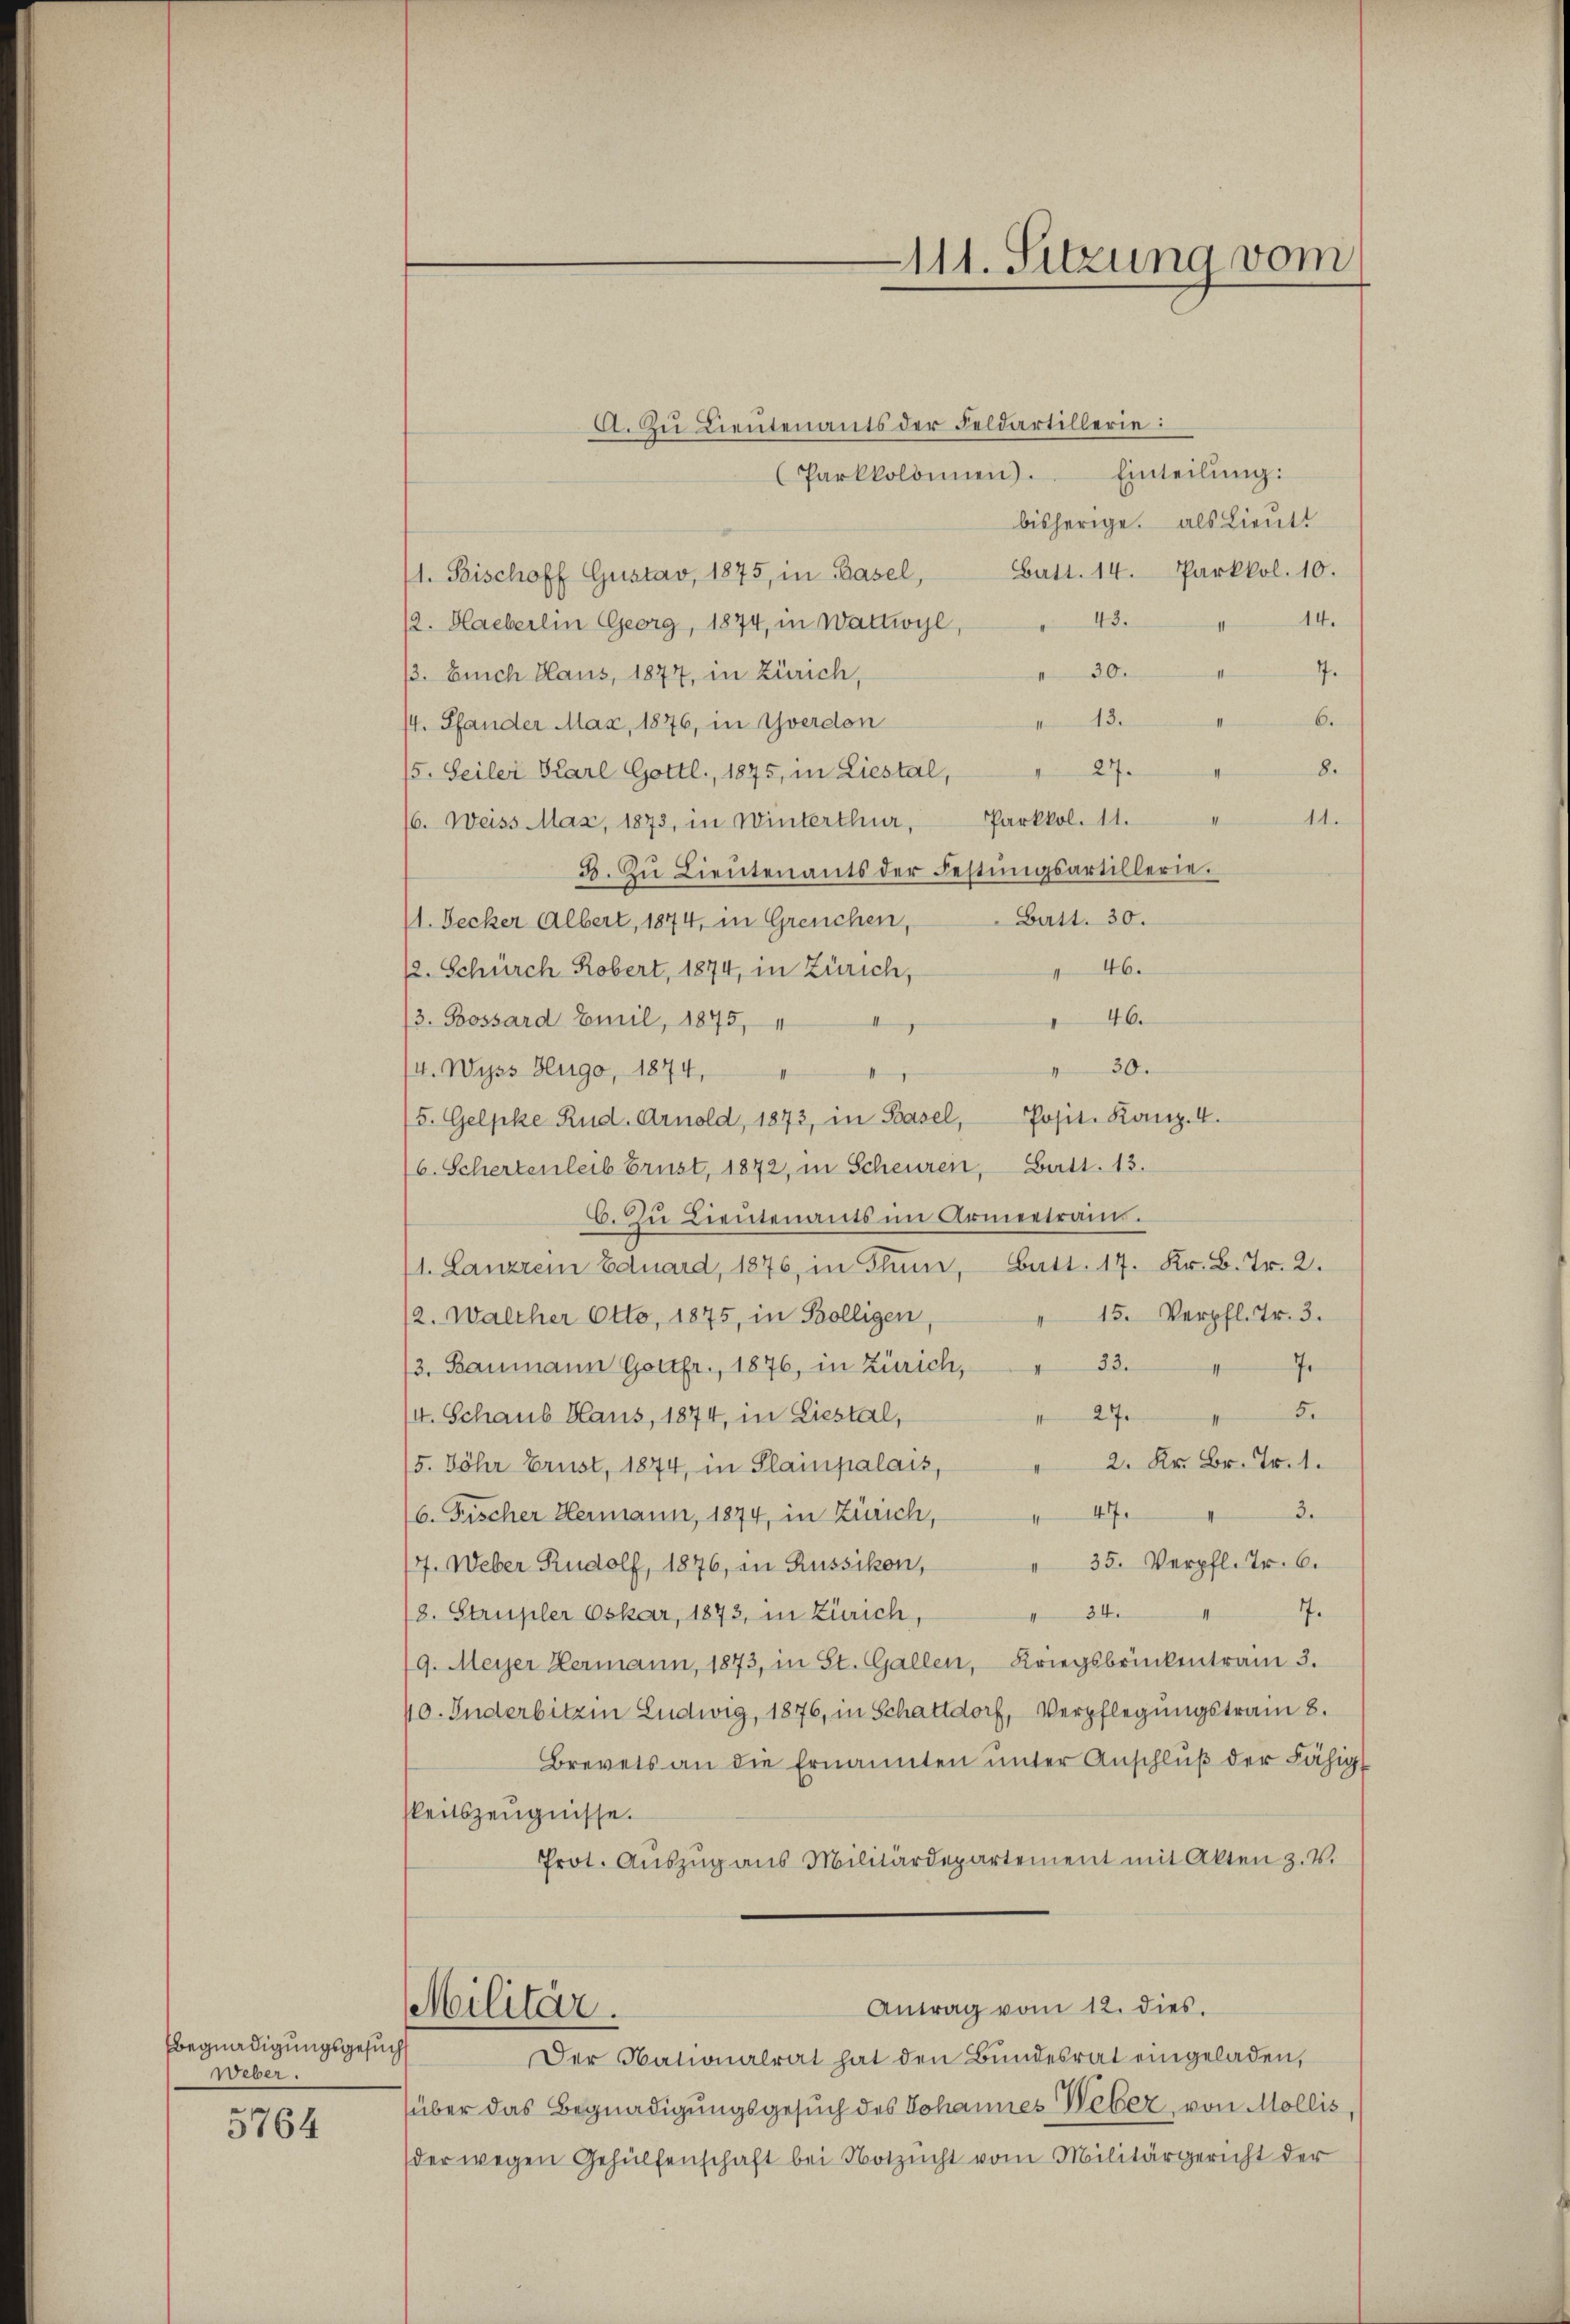
Begnadigungsgesuch
Weber.
5764

A. Zu Lieutenants der Feldartillerie:
(Parkkolonien). Einteilŭng.
bisherige, als Lieutt
(1. Bischoff Gustav, 1875, in Basel, Batt. 14. Parkkol. 10.
14.
43.
12. Haeberlin Georg, 1874, in Wattwyl
7.
30.
/3. Euch Haus, 1877, in Zürich,
6.
13.
/4. Pfander Max, 1876, in Yverdon
8.
27.
15. Seiler Karl Gottl., 1875, in Liestal,
I
14.
Parkkol. 11.
16. Weiss Max, 1873, in Winterthur,
3. Zu Lieŭtenants der Festŭngsartillerie.
Batt. 30.
(1. Decker Albert, 1874, in Greuchen,
46.
12. Schürch Robert, 1874, in Zürich,
46.
3. Bossard Emil, 1875,
30.
(v. Wyss Hugo, 1874.
5. Gelpke Rud. Arnold, 1873, in Basel, Posit. Kanz. 4.
16. Schertenleib Brust, 1872, in Scheuren, Batt. 13.
C. Zu Lieutenants im Armentrain.
1. Lanzen Eduard, 1876, in Thun, Batt. 17. Kr. B. Fr. 2.
15. Verpfl. T. 3.
12. Walcher Otto, 1875, in Bölligen,
33.
J
3. Baumann Gottfr., 1876, in Zürich,
5.
27.
(4. Schaus Haus, 1874, in Liestal,
15. Jöhr Brust, 1874, in Plainpalais, " 2. Kr. Br. T. 1.
47.
3.
6. Fischer Hermann, 1874, in Zürich,
/7. Weber Rudolf, 1876, in Russikon, " 35. Verpfl. Fr. 6.
e
34.
(8. Strupler Oskar, 1873, in Zürich
9. Meyer Hermann, 1873, in St. Gallen, Kriegsbrückentram 3.
40. Inderbitzin Ludwig, 1876, in Schattdorf, Verpflegungstram 8.
Brevets an die Ernannten unter Anschluß der Fähig
sleitszeugnisse.
Prot. Aŭszŭg ans Militärdepartement mit Akten z. V.
Antrag vom 12. dies.
Militär.
Der Nationalrat hat den Bŭndesrat eingeladen,
über das Begnadigungsgesuch des Johannes Weber, von Mollis
der wegen Gehülfenschaft bei Notzucht vom Militärgericht der

111. Sitzung vom